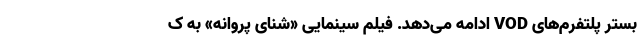
بستر پلتفرم‌های VOD ادامه می‌دهد. فیلم سینمایی «شنای پروانه» به ک